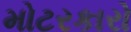
મોટરકારો